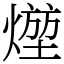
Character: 𤍣